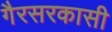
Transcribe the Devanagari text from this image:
गैरसरकासी